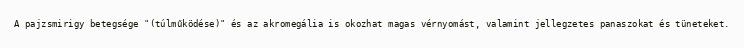
A pajzsmirigy betegsége "(túlműködése)" és az akromegália is okozhat magas vérnyomást, valamint jellegzetes panaszokat és tüneteket.